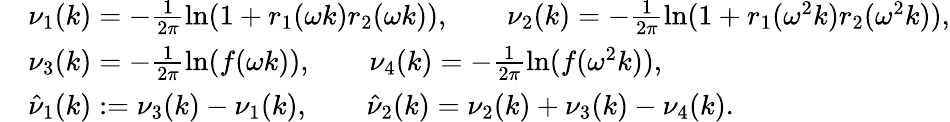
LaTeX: \begin{array}{rl}&{\nu_{1}(k)=-\frac{1}{2\pi}\ln(1+r_{1}(\omega k)r_{2}(\omega k)),\qquad\nu_{2}(k)=-\frac{1}{2\pi}\ln(1+r_{1}(\omega^{2}k)r_{2}(\omega^{2}k)),}\\ &{\nu_{3}(k)=-\frac{1}{2\pi}\ln(f(\omega k)),\qquad\nu_{4}(k)=-\frac{1}{2\pi}\ln(f(\omega^{2}k)),}\\ &{\hat{\nu}_{1}(k):=\nu_{3}(k)-\nu_{1}(k),\qquad\hat{\nu}_{2}(k)=\nu_{2}(k)+\nu_{3}(k)-\nu_{4}(k).}\end{array}